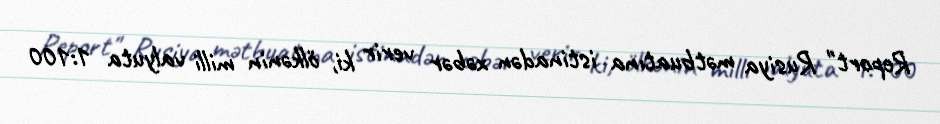
Report" Rusiya mətbuatına istinadən xəbər verir ki, ölkənin milli valyuta 1:100